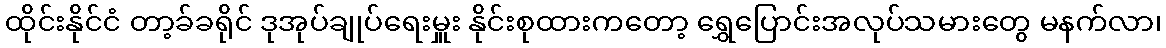
ထိုင်းနိုင်ငံ တာ့ခ်ခရိုင် ဒုအုပ်ချုပ်ရေးမှူး နိုင်းစုထားကတော့ ရွှေပြောင်းအလုပ်သမားတွေ မနက်လာ၊